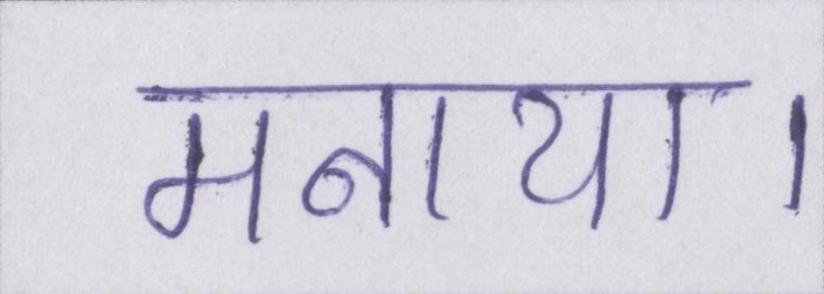
मनाया।